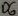
Text: D6